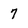
Character: 7